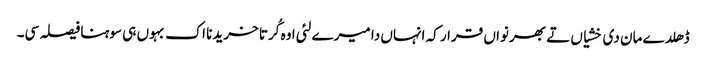
ڈھلدے مان دی خشیاں تے بھرنواں قرار کہ انہاں دا میرے لئی اوہ کُرتا خریدنا اک بہوں ہی سوہنا فیصلہ سی۔